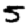
Digit: 5